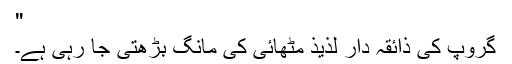
"
گروپ کی ذائقہ دار لذیذ مٹھائی کی مانگ بڑھتی جا رہی ہے۔